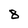
Character: 8